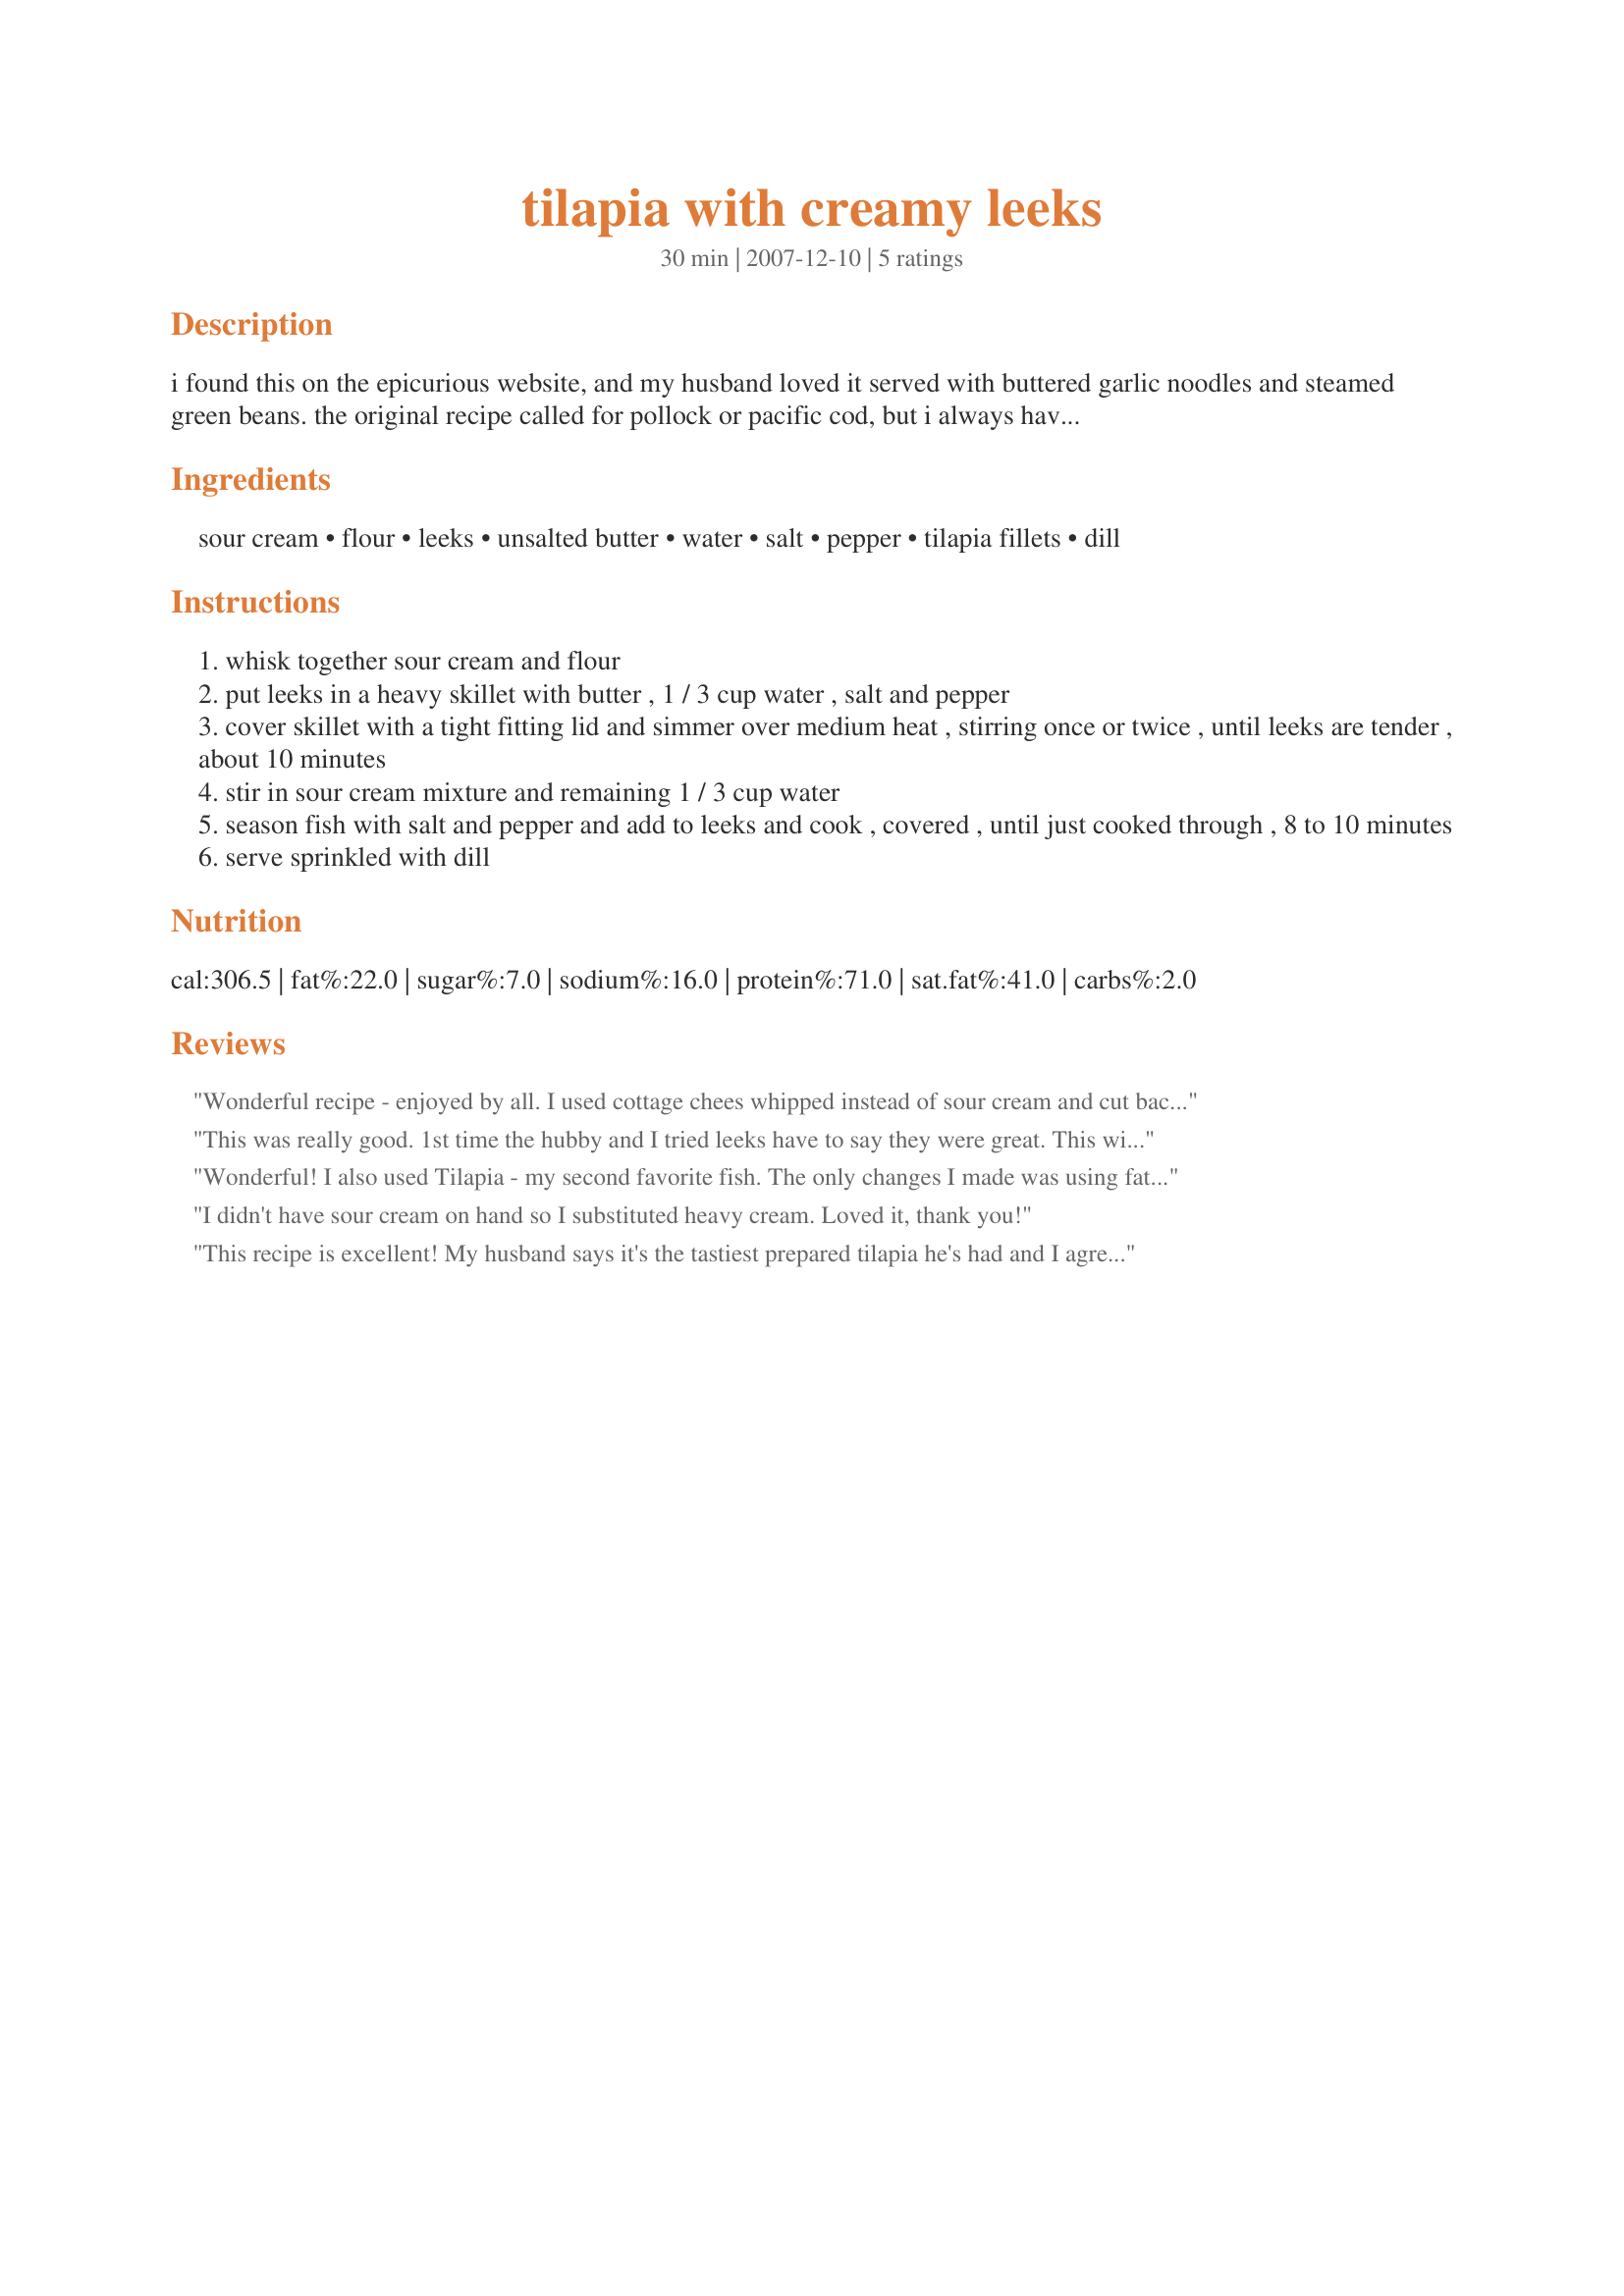
tilapia with creamy leeks
Preparation time: 30 minutes

i found this on the epicurious website, and my husband loved it served with buttered garlic noodles and steamed green beans. the original recipe called for pollock or pacific cod, but i always have tilapia on hand for this easy dish.

Ingredients:
sour cream, flour, leeks, unsalted butter, water, salt, pepper, tilapia fillets, dill

Steps:
whisk together sour cream and flour
put leeks in a heavy skillet with butter , 1 / 3 cup water , salt and pepper
cover skillet with a tight fitting lid and simmer over medium heat , stirring once or twice , until leeks are tender , about 10 minutes
stir in sour cream mixture and remaining 1 / 3 cup water
season fish with salt and pepper and add to leeks and cook , covered , until just cooked through , 8 to 10 minutes
serve sprinkled with dill

Reviews:
Wonderful recipe - enjoyed by all. I used cottage chees whipped instead of sour cream and cut back on the butter. It such an easy recipe and so tasty - definately a do again recipe
This was really good. 1st time the hubby and I tried leeks have to say they were great. This will be part of my regulars. Thanks for the recipe!
Wonderful! I also used Tilapia - my second favorite fish. The only changes I made was using fat-free sour cream and using margarine instead of butter. Thanks for sharing!
I didn't have sour cream on hand so I substituted heavy cream. Loved it, thank you!
This recipe is excellent! My husband says it's the tastiest prepared tilapia he's had and I agree. I used light sour cream and reduced the butter by half and it was still very decadent. Highly recommend!
